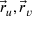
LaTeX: { \vec { r } } _ { u } , { \vec { r } } _ { v }